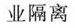
业隔离